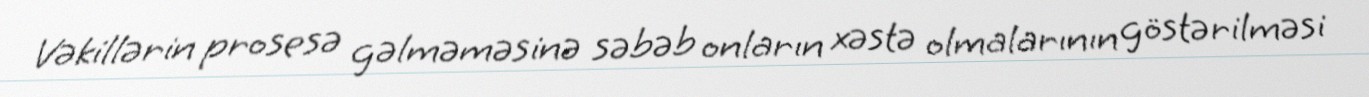
Vəkillərin prosesə gəlməməsinə səbəb onların xəstə olmalarının göstərilməsi